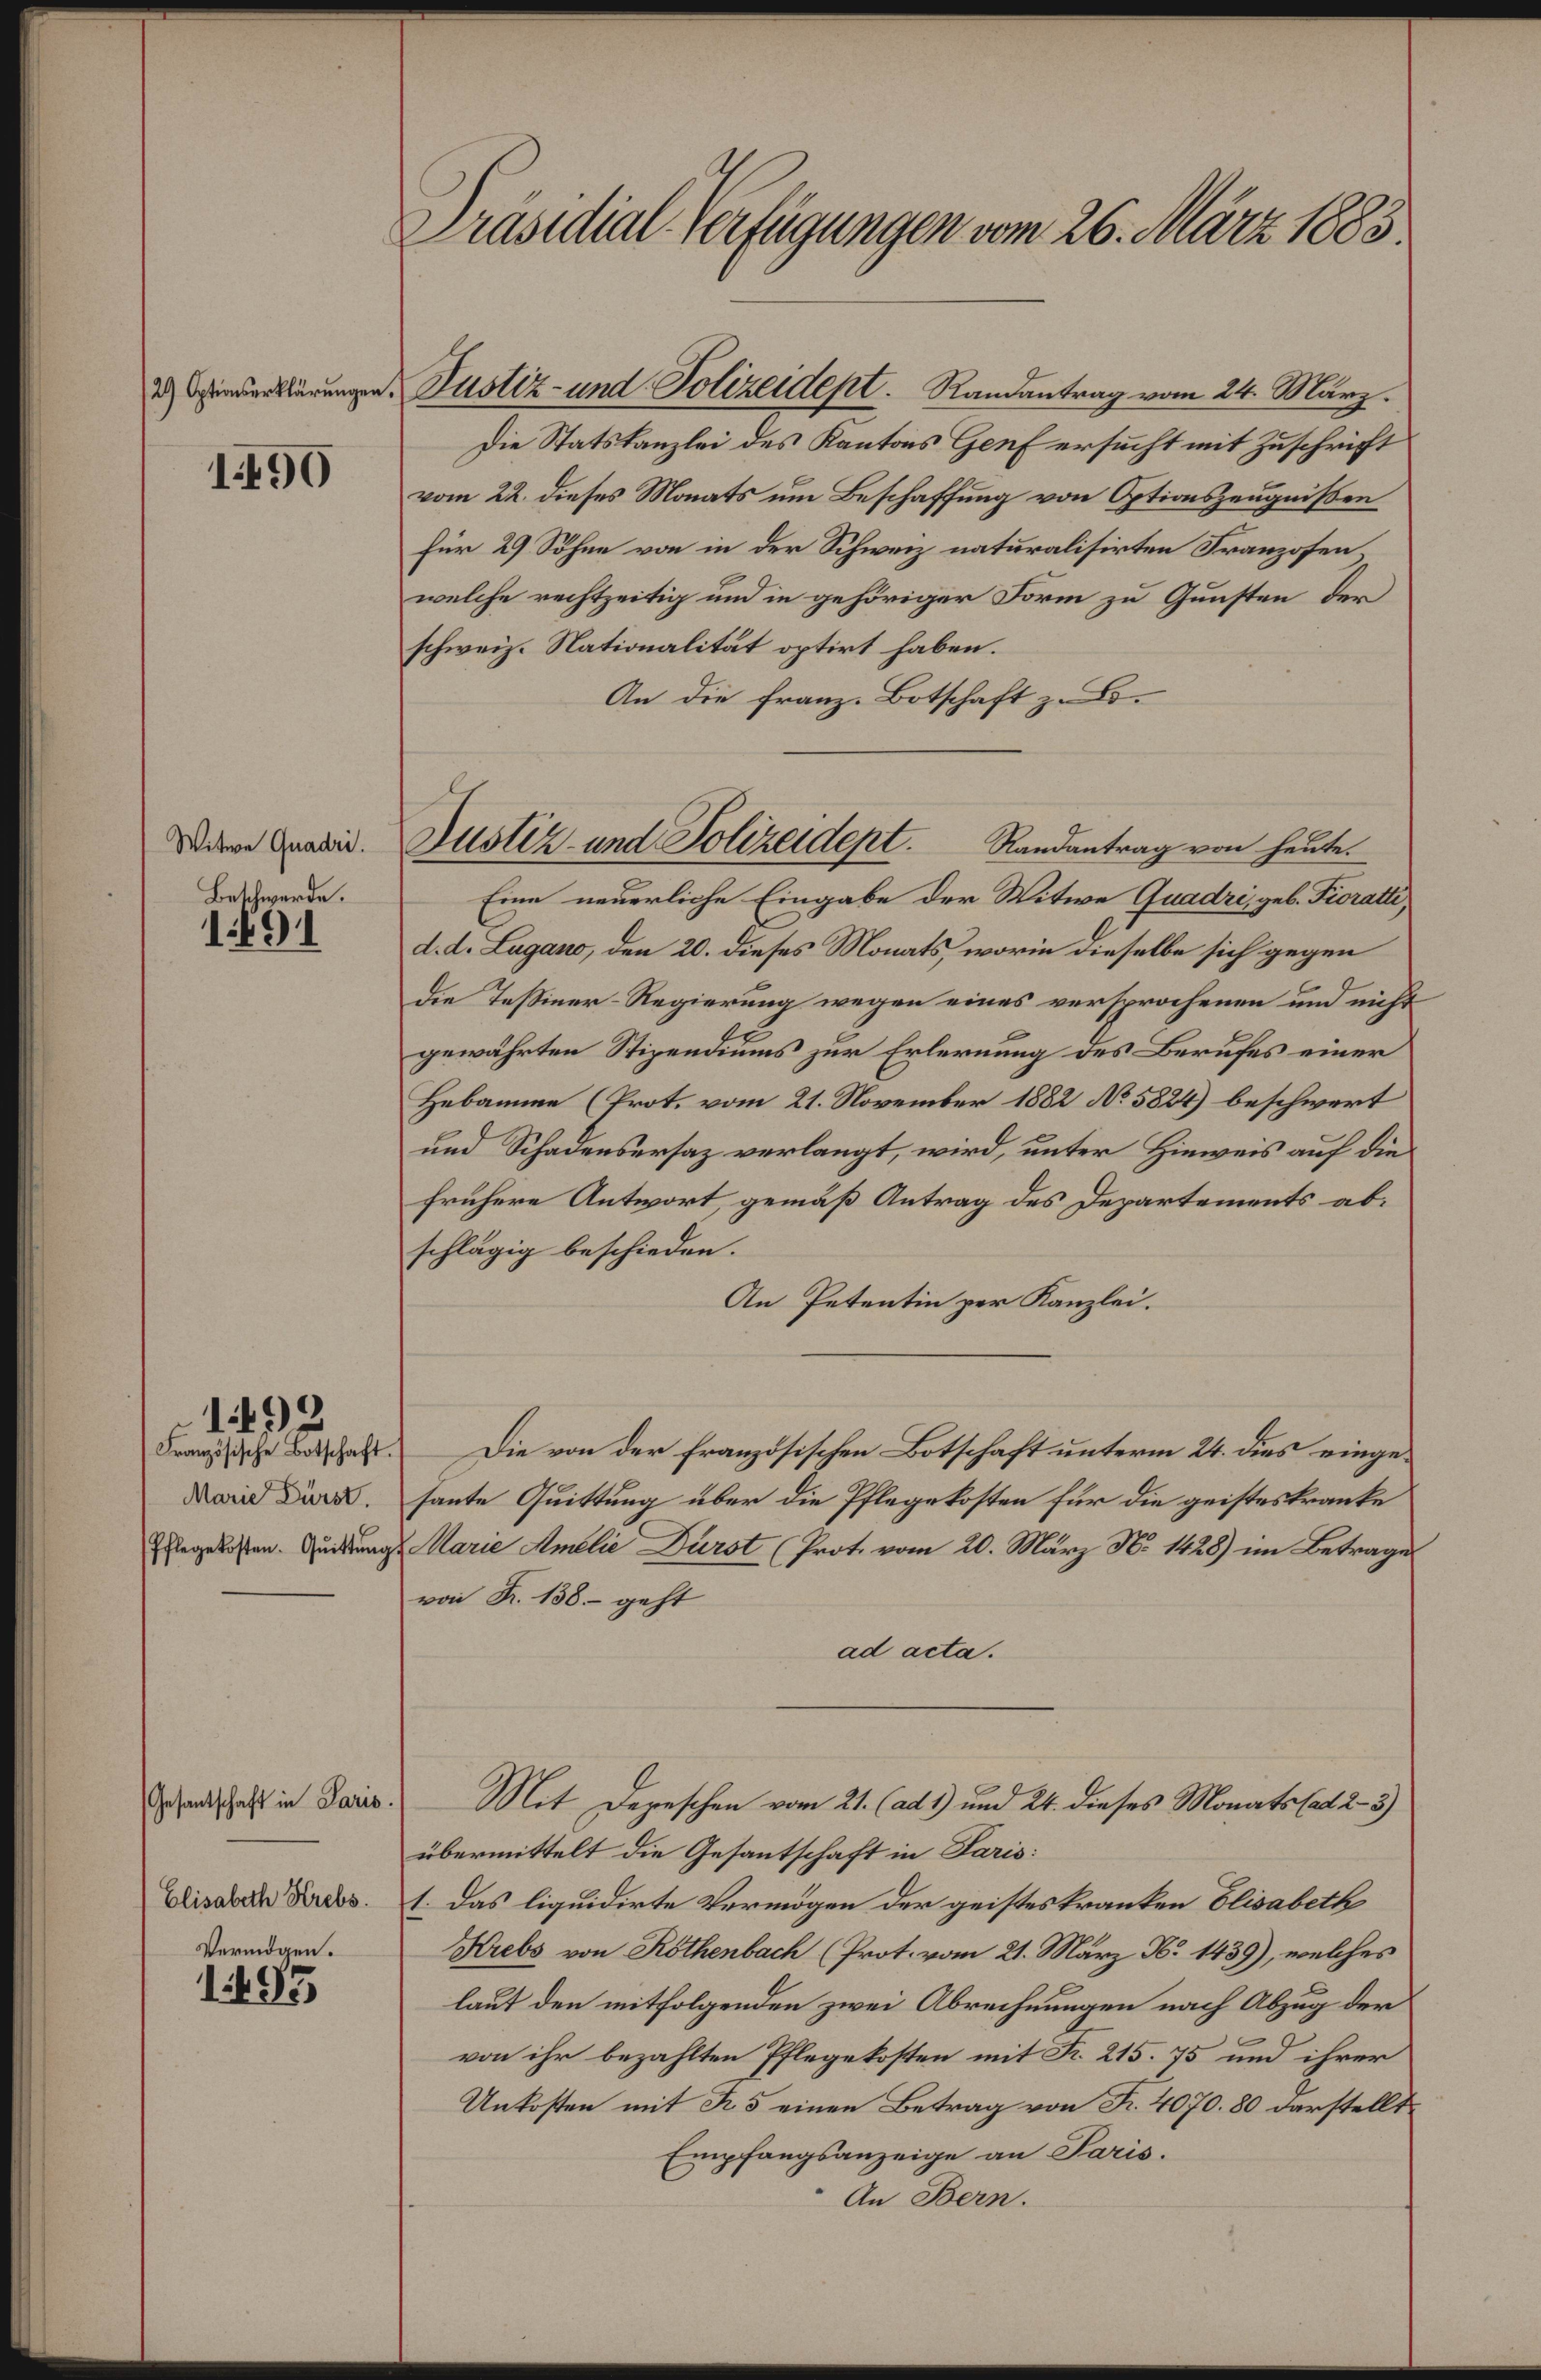
Jsiheal Heefgengenaon 26.tr 185
29 Gtirnirrtlärunger.
Sstr unt Soliridepil. Sandntang vm 24. Marz
Ddie Statstanzlei des antes Huf ersecht it Zuschricft
8850
vom 22 Dieses Monats um Beschaffung von tnszeugeisten
für 29 Sthee von in der Schweinz naturalsirten SFranzssen,
welche rechtzeitig und in gehöriger Form zu Gunsten de
schweiz. Nationalität optirt haben.
An die franz. Botschaft zB
itere Guati.
s2 ant ozeieet Sadantaagorn feete
Baschrerde.
Einn nuurliche Eingabe Der Mitwe Jawdeis geb. Kali,
1454
A. . Lagar, den 20. Dieses Monats worin dieselbe sich gegen
die Reßsiner Regierung wegen eines versprochenen und nicht
gewahrten Stigerduns zur Erlernung des Berufes einer
Hebanne Trot vom 21. Noveinber 1882 N582 beschwert
und Schadenkrrsaz verlangt, wird, unter Hieweis auf dä¬
frühere Antwort gemäß Antrag des Dezartements ab.
schlägig bescheden.
An Petentin zer Kanzlei.
1490
Baruffehe Brschaft
Die rn der Efranzdsischen Botschaft unterm 24. Bes einges
n Sir.
sante uittung über die Pflegeksten für die geistestsante
Karn Adli Strol Prot vom 20. März N s
M2 im Betrage
fflageksten. Gunttugf
eon S. 18. geht
ad ata.
Gesratscheft i an¬
Mit Dezeschen vom 21. (at und 24 deses Monatsset23
übermittelt die Gesantschaft in Kans
Bliusbet Webs
. Das lgudirte Verndgen der geistestranten Blabelb
Verindgen.
abs von lenback Protivom 2. Maär D. 1489, welhes
10
laut den mitfolgenden zwei Abrechnungen nach Abug der
von ihr bezahlten Pflegelosten mit  215. s und ihrer
Uatosten mit I5 einen Betrag von F. 4070. 80 arstellt
Ernpfangsanzeige an Sais
 An Ban.